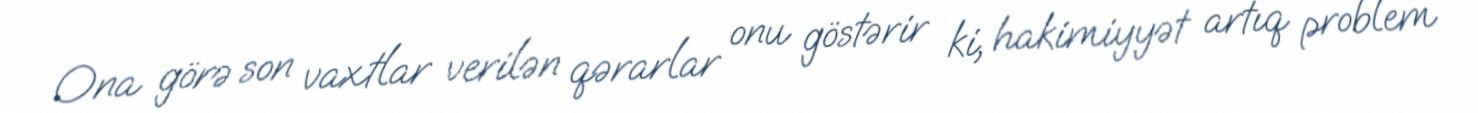
Ona görə son vaxtlar verilən qərarlar onu göstərir ki, hakimiyyət artıq problem